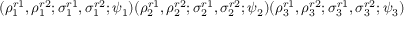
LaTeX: ( \rho _ { 1 } ^ { r 1 } , \rho _ { 1 } ^ { r 2 } ; \sigma _ { 1 } ^ { r 1 } , \sigma _ { 1 } ^ { r 2 } ; \psi _ { 1 } ) ( \rho _ { 2 } ^ { r 1 } , \rho _ { 2 } ^ { r 2 } ; \sigma _ { 2 } ^ { r 1 } , \sigma _ { 2 } ^ { r 2 } ; \psi _ { 2 } ) ( \rho _ { 3 } ^ { r 1 } , \rho _ { 3 } ^ { r 2 } ; \sigma _ { 3 } ^ { r 1 } , \sigma _ { 3 } ^ { r 2 } ; \psi _ { 3 } )